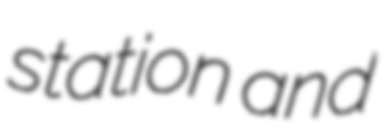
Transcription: station and